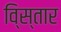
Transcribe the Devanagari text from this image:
वि्स्तार